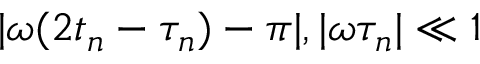
| \omega ( 2 t _ { n } - \tau _ { n } ) - \pi | , | \omega \tau _ { n } | \ll 1